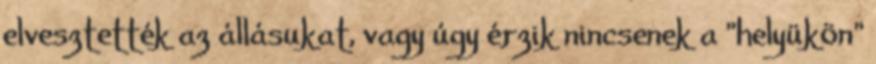
elvesztették az állásukat, vagy úgy érzik nincsenek a ”helyükön”